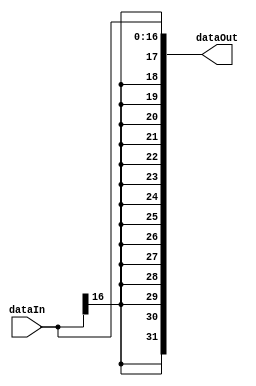
module immediate_17_extender(dataIn, dataOut);

    input [16:0] dataIn;
    output [31:0] dataOut;

    assign dataOut[31] = dataIn[16];
    assign dataOut[30] = dataIn[16];
    assign dataOut[29] = dataIn[16];
    assign dataOut[28] = dataIn[16];
    assign dataOut[27] = dataIn[16];
    assign dataOut[26] = dataIn[16];
    assign dataOut[25] = dataIn[16];
    assign dataOut[24] = dataIn[16];
    assign dataOut[23] = dataIn[16];
    assign dataOut[22] = dataIn[16];
    assign dataOut[21] = dataIn[16];
    assign dataOut[20] = dataIn[16];
    assign dataOut[19] = dataIn[16];
    assign dataOut[18] = dataIn[16];
    assign dataOut[17] = dataIn[16];
    assign dataOut[16:0] = dataIn[16:0];

endmodule